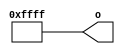
// This program was cloned from: https://github.com/chipsalliance/synlig
// License: Apache License 2.0

/* Generated by Yosys 0.27+9 (git sha1 101d19bb6, gcc 11.2.0-7ubuntu2 -fPIC -Os) */

(* top =  1  *)

module bsg_tiehi(o);
  
  output [15:0] o;
  wire [15:0] o;
  assign o = 16'hffff;
endmodule